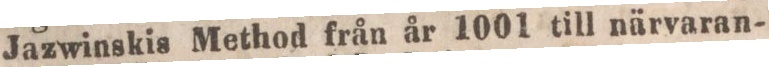
Jazwinskis Method från år 1001 till närvaran-